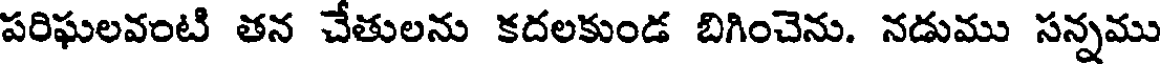
పరిఘలవంటి తన చేతులను కదలకుండ బిగించెను. నడుము సన్నము